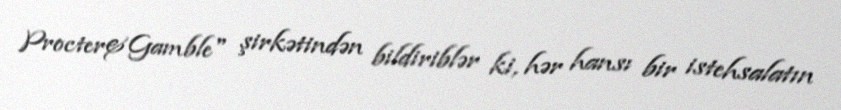
Procter&Gamble" şirkətindən bildiriblər ki, hər hansı bir istehsalatın